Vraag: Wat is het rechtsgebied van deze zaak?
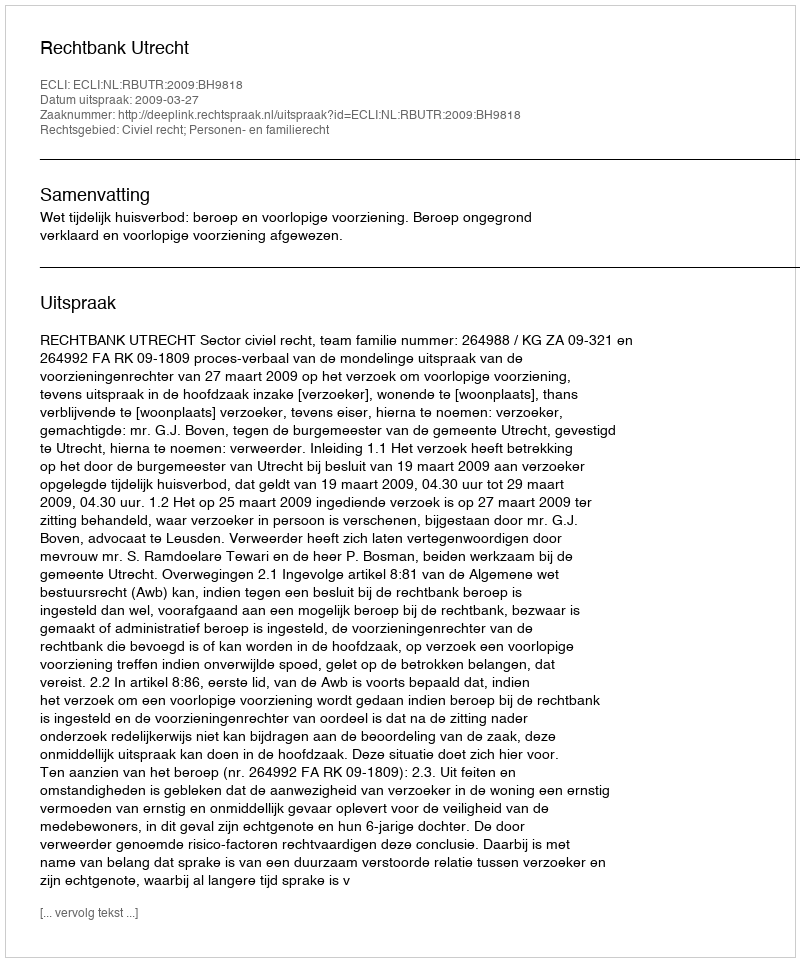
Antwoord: Civiel recht; Personen- en familierecht